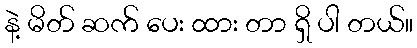
နဲ့ မိတ် ဆက် ပေး ထား တာ ရှိ ပါ တယ်။